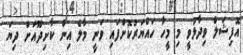
އޮފިޝަލް ވިދާޅުވީ މި މީހާ ހައްޔަރުކޮށްފައި ވަނީ މާލެ އިން ކާށިދޫއަށް ދިޔަ